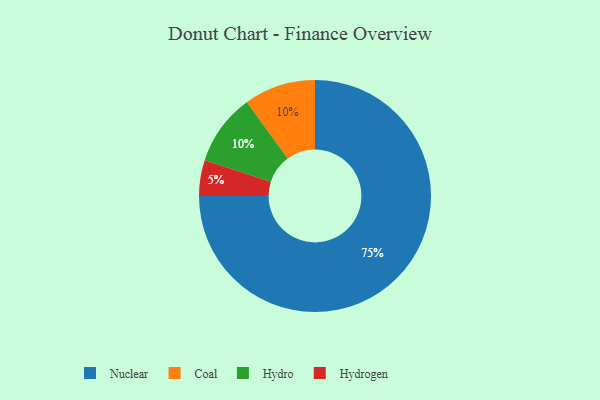
{"axis": {"x": "Category", "y": "Percentage"}, "legend": ["Coal", "Hydro", "Hydrogen", "Nuclear"], "data": [{"x": "Hydrogen", "y": 5, "type": "Hydrogen"}, {"x": "Coal", "y": 10, "type": "Coal"}, {"x": "Hydro", "y": 10, "type": "Hydro"}, {"x": "Nuclear", "y": 75, "type": "Nuclear"}]}